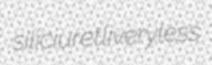
siliciuret liveryless